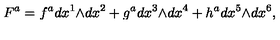
F ^ { a } = f ^ { a } d x ^ { 1 } \mathrm { \tiny \wedge } d x ^ { 2 } + g ^ { a } d x ^ { 3 } \mathrm { \tiny \wedge } d x ^ { 4 } + h ^ { a } d x ^ { 5 } \mathrm { \tiny \wedge } d x ^ { 6 } ,